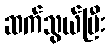
ဆက်သွယ်ပြီး